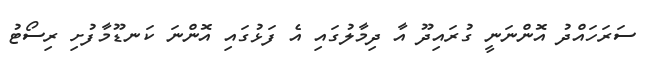
ސަރަހައްދު އޮންނަނީ ގުރައިދޫ އާ ދިމާލުގައި އެ ފަޅުގައި އޮންނަ ކަނޑޫމާފުށި ރިސޯޓު